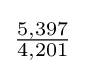
{\tfrac {5,397}{4,201}}